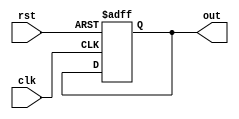
module synchronous_reset (
    input wire clk,
    input wire rst,
    output reg out
);

always @(posedge clk or posedge rst) begin
    if (rst) begin
        out <= 0; // Reset the output signal when rst is high
    end else begin
        // Define desired behavior when reset signal is not active
        // For example:
        // out <= some_logic_operation;
    end
end

endmodule